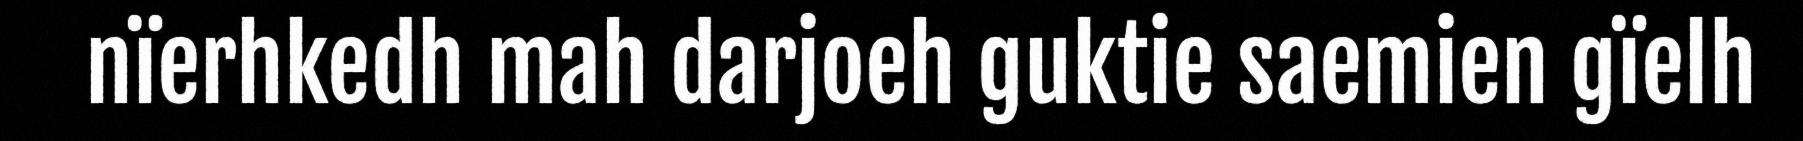
nïerhkedh mah darjoeh guktie saemien gïelh